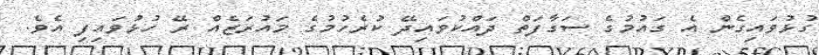
ގުޅުވައިގެން އެ ގައުމުގެ ސަގާފަތް ދައްކުވައިދޭ ކުރެހުމުގެ މައުރަޒެއް ރޭ ހުޅުވައިފި އެވެ.